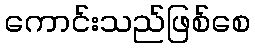
ကောင်းသည်ဖြစ်စေ